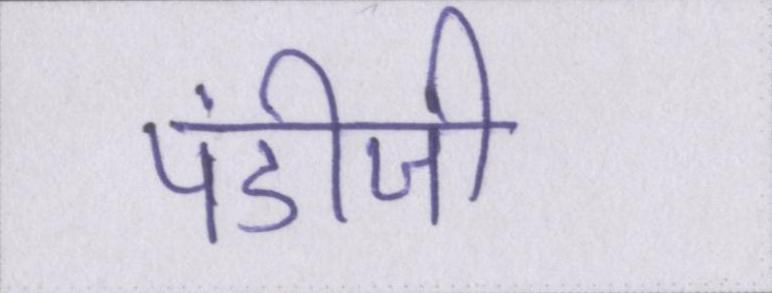
पंडीजी